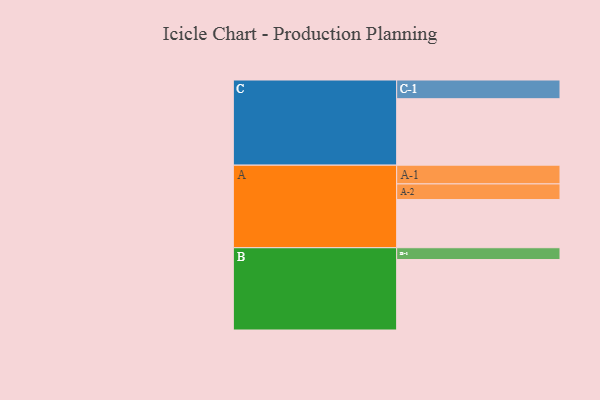
{"axis": {"x": "Segment", "y": "Value"}, "legend": ["", "A", "B", "C"], "data": [{"x": "A", "y": 347, "type": ""}, {"x": "B", "y": 508, "type": ""}, {"x": "C", "y": 479, "type": ""}, {"x": "A-1", "y": 135, "type": "A"}, {"x": "A-2", "y": 113, "type": "A"}, {"x": "B-1", "y": 85, "type": "B"}, {"x": "C-1", "y": 135, "type": "C"}]}